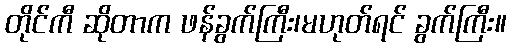
တိုင်ကီ ဆိုတာက ဖန်ခွက်ကြီး၊မဟုတ်ရင် ခွက်ကြီး။